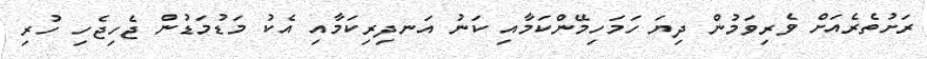
ރަށުތެރެއަށް ވެރިވަމުން ދިޔަ ހަމަހިމޭންކަމާއި ކަނު އަނދިރިކަމާއި އެކު މަޑުމަޑުން ޖެހިޖެހި ހުރި